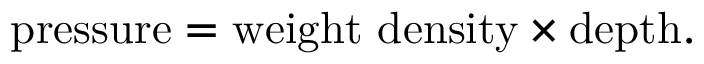
{ \mathrm { p r e s s u r e } } = { \mathrm { w e i g h t ~ d e n s i t y } } \times { \mathrm { d e p t h } } .